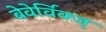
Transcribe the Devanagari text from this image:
बेवेर्विक्ज्